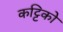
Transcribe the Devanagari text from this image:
कट्टिको